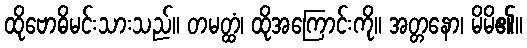
ထိုဗောဓိမင်းသားသည်။ တမတ္ထံ၊ ထိုအကြောင်းကို။ အတ္တနော၊ မိမိ၏။